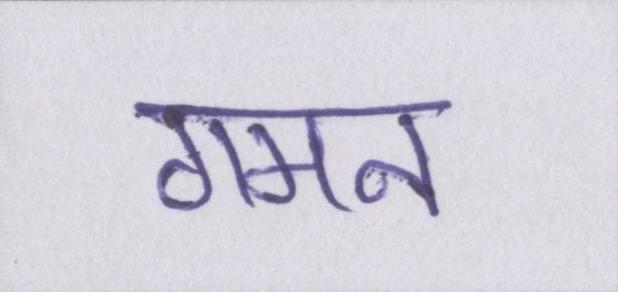
गमन